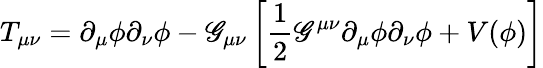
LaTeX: T_{\mu\nu}=\partial_{\mu}\phi\partial_{\nu}\phi-\mathscr{G}_{\mu\nu}\left[{\frac{{1}}{{2}}}\mathscr{G}^{\mu\nu}\partial_{\mu}\phi\partial_{\nu}\phi+V(\phi)\right]